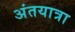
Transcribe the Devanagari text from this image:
अंतयात्रा